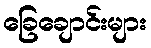
ခြေချောင်းများ